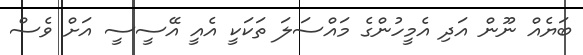
ބަޔެއް ނޫން އަދި އެމީހުންގެ މައްސަލަ ތަކަކީ އެއީ އޭސީސީ އަށް ވެސް